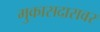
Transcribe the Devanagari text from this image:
मुकासदारावर